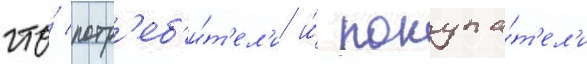
что́ потр'еб'и́т'ел'и и́ покупа́т'ел'и